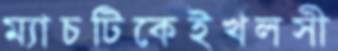
ম্যাচটিকেইখলসী